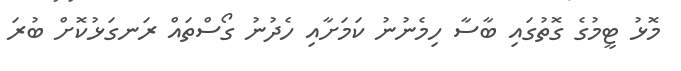
މޮޅު ޓީމުގެ ގޮތުގައި ބާސާ ހިމެނުނު ކަމަށާއި ހެދުނު ގޯސްތައް ރަނގަޅުކޮށް ބުރަ